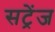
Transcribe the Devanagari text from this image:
सट्रेंज